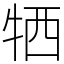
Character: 牺